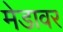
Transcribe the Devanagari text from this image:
मेडावर